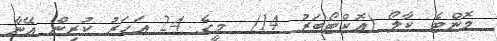
މޮންޓެ ކާލޯ (އޮކްޓޯބަރު 14)  މީގެ 24 އަހަރު ކުރިން އޭނާ